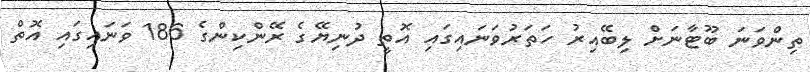
ތިންވަނަ ބޫޓާނަށް ލިބޭއިރު ހަތަރުވަނައިގައި އޮތީ ދުނިޔޭގެ ރޭންކިންގެ 186 ވަނައިގައި އޮތް